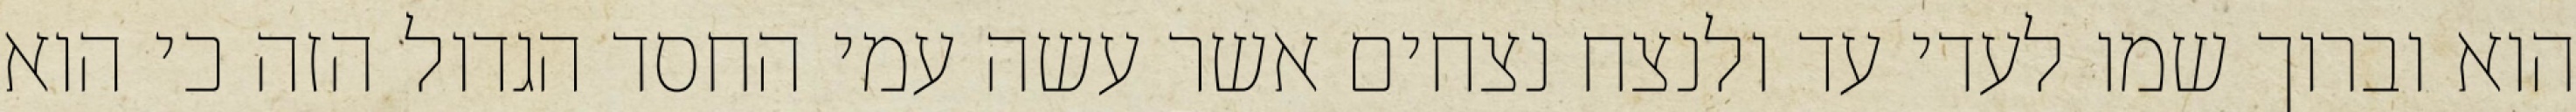
הוא וברוך שמו לעדי עד ולנצח נצחים אשר עשה עמי החסד הגדול הזה כי הוא